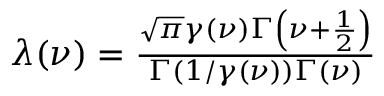
\begin{array} { r } { \lambda ( \nu ) = \frac { \sqrt { \pi } \gamma ( \nu ) \Gamma \left( \nu + \frac { 1 } { 2 } \right) } { \Gamma \left( 1 / \gamma ( \nu ) \right) \Gamma ( \nu ) } } \end{array}